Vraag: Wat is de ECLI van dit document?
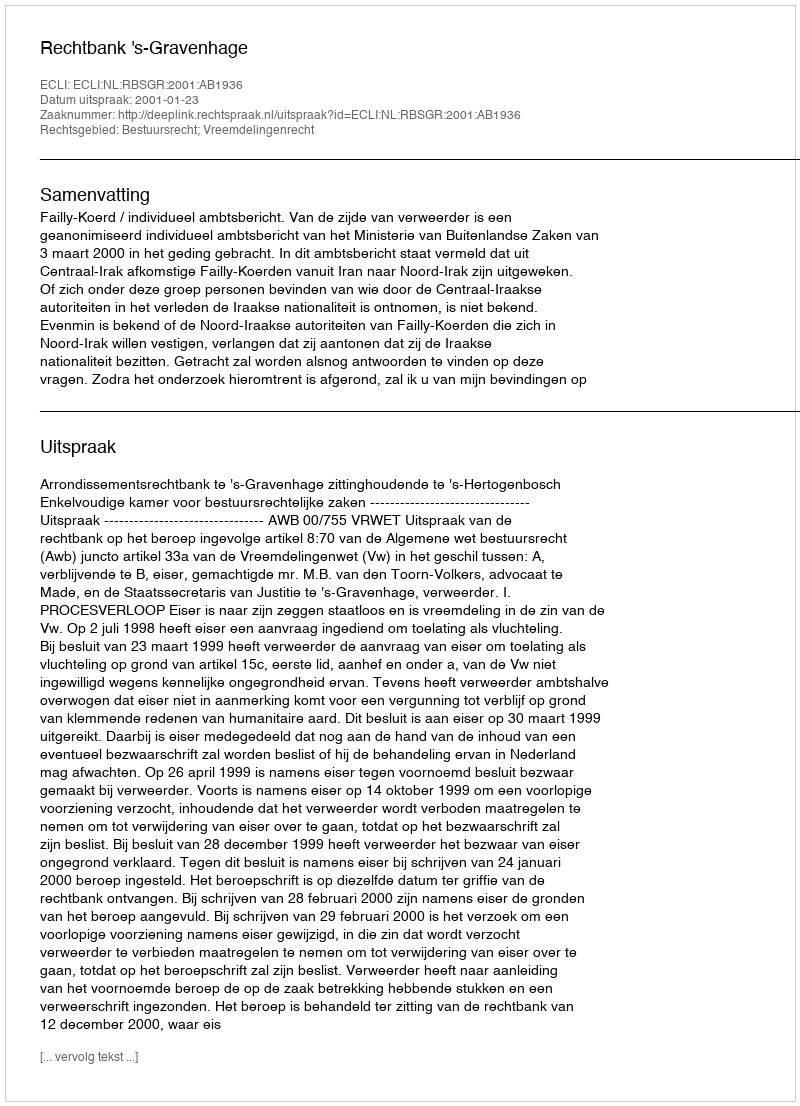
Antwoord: ECLI:NL:RBSGR:2001:AB1936